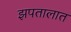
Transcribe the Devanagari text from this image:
झपतालात